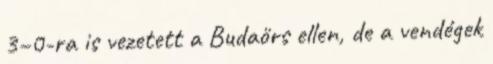
3–0-ra is vezetett a Budaörs ellen, de a vendégek